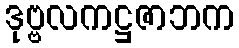
ဒုဗ္ဗလကဋ္ဌဇာဘက